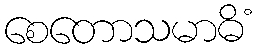
စေတောသမာဓိံ